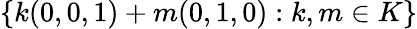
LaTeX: \{ k(0,0,1)+m(0,1,0):k,m\in K\}